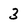
Character: 3